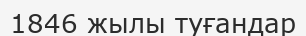
1846 жылы туғандар